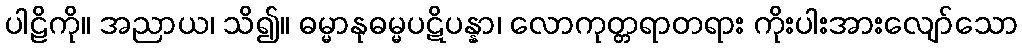
ပါဠိကို။ အညာယ၊ သိ၍။ ဓမ္မာနုဓမ္မပဋိပန္နာ၊ လောကုတ္တရာတရား ကိုးပါးအားလျော်သော